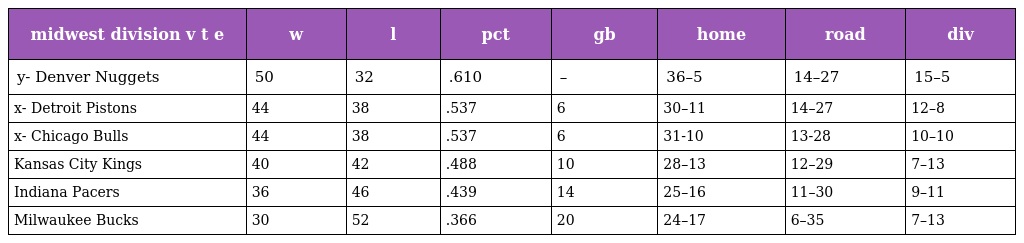
| midwest division v t e | w | l | pct | gb | home | road | div |
 | --- | --- | --- | --- | --- | --- | --- | --- |
 | y- Denver Nuggets | 50 | 32 | .610 | – | 36–5 | 14–27 | 15–5 |
 | x- Detroit Pistons | 44 | 38 | .537 | 6 | 30–11 | 14–27 | 12–8 |
 | x- Chicago Bulls | 44 | 38 | .537 | 6 | 31-10 | 13-28 | 10–10 |
 | Kansas City Kings | 40 | 42 | .488 | 10 | 28–13 | 12–29 | 7–13 |
 | Indiana Pacers | 36 | 46 | .439 | 14 | 25–16 | 11–30 | 9–11 |
 | Milwaukee Bucks | 30 | 52 | .366 | 20 | 24–17 | 6–35 | 7–13 |